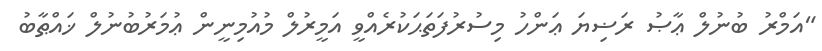
"އަމްރު ބުނުލް ޢާޞު ރަޟިޔަ ޢަންހު މިސުރުފަތަޙަކުރެއްވީ އަމީރުލް މުއުމިނީން ޢުމަރުބުނުލް ޚައްޠާބު